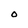
Character: O